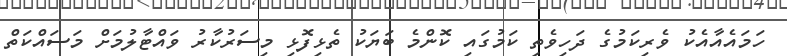
ހަމައެއާއެކު ވެރިކަމުގެ ދަހިވެތި ކަމުގައި ކޮންމެ ބަޔަކު ތެޅިފޮޅި މިސަރުކާރު ވައްޓާލުމަށް މަސައްކަތް